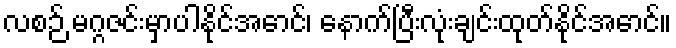
လစဉ် မဂ္ဂဇင်းမှာပါနိုင်အောင်၊ နောက်ပြီးလုံးချင်းထုတ်နိုင်အောင်။